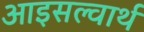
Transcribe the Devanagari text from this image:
आइसल्वार्थ